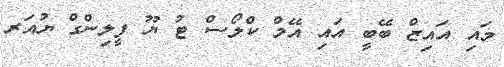
މައި އައިޒް ބޭބީ އައި އޭމް ކްލޯސް ޓު ޔޫ ފީލިންގް ޔުއަރ